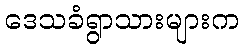
ဒေသခံရွာသားများက